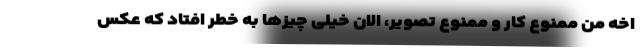
اخه منِ ممنوع کار و ممنوع تصویر، الان خیلی چیزها به خطر افتاد که عکس